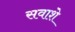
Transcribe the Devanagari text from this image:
सवाशे